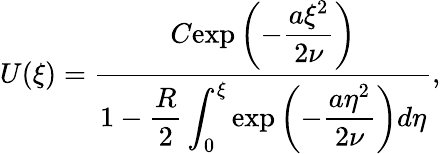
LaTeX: U(\xi)=\frac{C\displaystyle{\exp\left(-\frac{a\xi^{2}}{2\nu}\right)}}{1-\displaystyle{\frac{R}{2}\int_{0}^{\xi}}\exp\left(-\frac{a\eta^{2}}{2\nu}\right)d\eta},